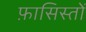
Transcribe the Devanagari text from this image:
फ़ासिस्तों